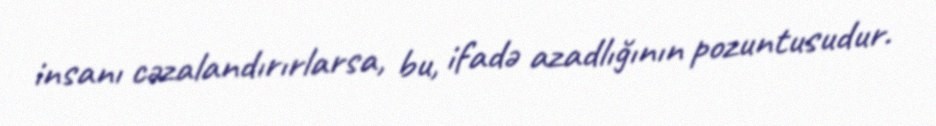
insanı cəzalandırırlarsa, bu, ifadə azadlığının pozuntusudur.